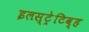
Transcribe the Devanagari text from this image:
इलस्ट्रेटिव्ह